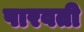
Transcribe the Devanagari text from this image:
पारवती